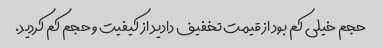
حجم خیلی کم بود از قیمت تخفیف دادید از کیفیت و حجم کم کردید.